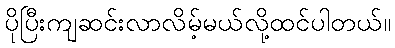
ပိုပြီးကျဆင်းလာလိမ့်မယ်လို့ထင်ပါတယ်။